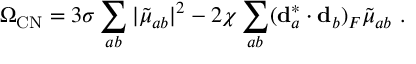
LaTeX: \Omega _ { \mathrm { C N } } = 3 \sigma \sum _ { a b } | { \tilde { \mu } } _ { a b } | ^ { 2 } - 2 \chi \sum _ { a b } ( { \bf d } _ { a } ^ { * } \cdot { \bf d } _ { b } ) _ { F } { \tilde { \mu } } _ { a b } \ .